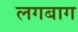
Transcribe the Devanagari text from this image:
लगबाग